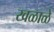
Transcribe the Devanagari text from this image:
खळाळे